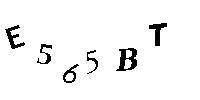
E565BT